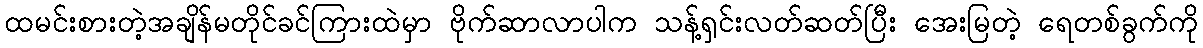
ထမင်းစားတဲ့အချိန်မတိုင်ခင်ကြားထဲမှာ ဗိုက်ဆာလာပါက သန့်ရှင်းလတ်ဆတ်ပြီး အေးမြတဲ့ ရေတစ်ခွက်ကို